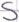
Text: S